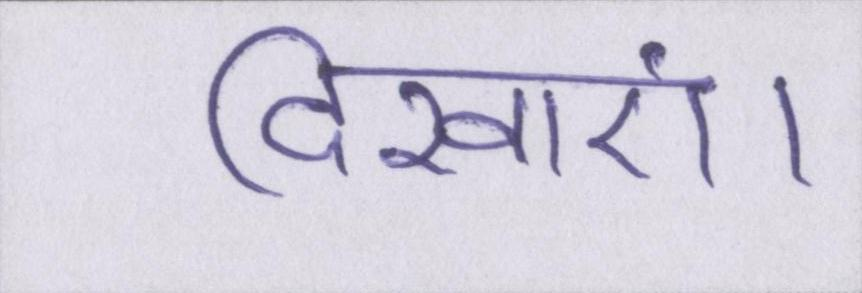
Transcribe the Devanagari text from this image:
दिखाएं।